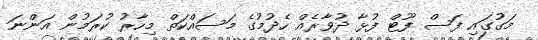
މަގުގައި ފަސް ފޫޓް ފުޅާ ދުވާރެއް ހެދުމުގެ މަސައްކަތް މިހާރު ކުރަމުން އަންނަ